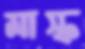
মাস্ক